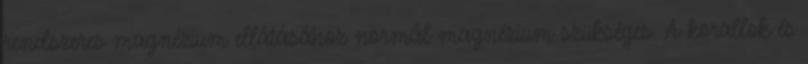
rendszeres magnézium ellátásához normál magnézium szükséges. A korallok és